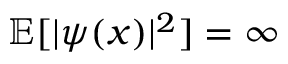
{ \mathbb { E } } [ | \psi ( { x } ) | ^ { 2 } ] = \infty